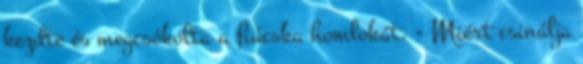
kezdte és megcsókolta a fiúcska homlokát. - Miért csinálja